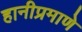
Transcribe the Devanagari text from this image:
हानीप्रमाणे